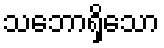
သဘောရှိသော